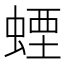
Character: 䗎